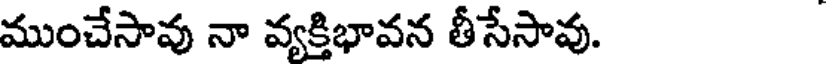
ముంచేసావు నా వ్యక్తిభావన తీసేసావు.